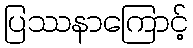
ပြဿနာကြောင့်